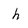
Character: h